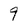
Character: 9